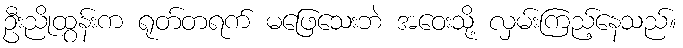
ဦးညိုထွန်းက ရုတ်တရက် မဖြေသေးဘဲ အဝေးသို့ လှမ်းကြည့်နေသည်။